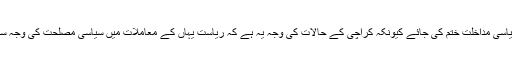
کراچی پولیس سے سیاسی مداخلت ختم کی جائے کیونکہ کراچی کے حالات کی وجہ یہ ہے کہ ریاست یہاں کے معاملات میں سیاسی مصلحت کی وجہ سے دلچسپی نہیں لیتی۔